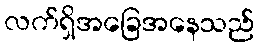
လက်ရှိအခြေအနေသည်